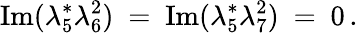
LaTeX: \mathrm{Im}(\lambda_{5}^{*}\lambda_{6}^{2})\ =\ \mathrm{Im}(\lambda_{5}^{*}\lambda_{7}^{2})\ =\ 0\, .